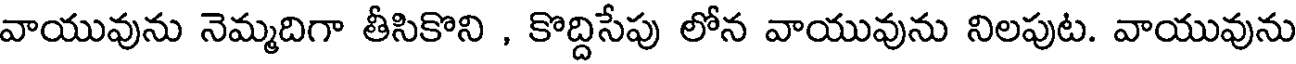
వాయువును నెమ్మదిగా తీసికొని , కొద్దిసేపు లోన వాయువును నిలపుట. వాయువును